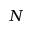
N